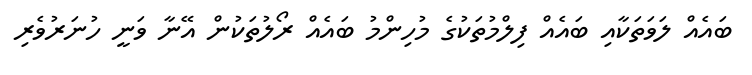
ބައެއް ލަވަތަކާއި ބައެއް ފިލްމުތަކުގެ މުހިންމު ބައެއް ރޯލުތަކުން އޭނާ ވަނީ ހުނަރުވެރި